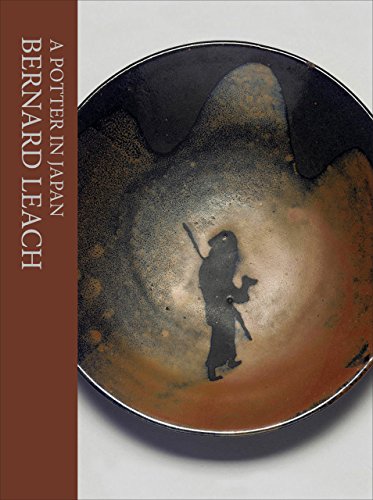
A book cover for A Potter in Japan; Bernard Leach; Arts & Photography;